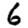
Digit: 6